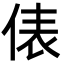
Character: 俵